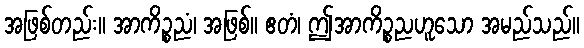
အဖြစ်တည်း။ အာကိဉ္စညံ၊ အဖြစ်။ ဧတံ၊ ဤအာကိဉ္စညဟူသော အမည်သည်။